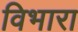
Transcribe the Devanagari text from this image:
विभारा